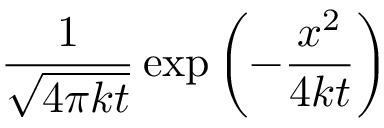
{ \frac { 1 } { \sqrt { 4 \pi k t } } } \exp \left( - { \frac { x ^ { 2 } } { 4 k t } } \right)